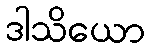
ဒါသိယော